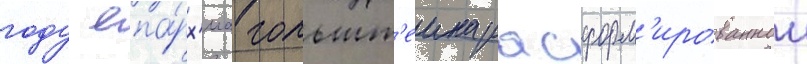
году епа́рх'иа гольшт'еина расформ'ированнои